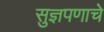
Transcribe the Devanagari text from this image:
सुज्ञपणाचे